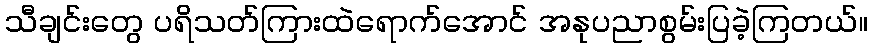
သီချင်းတွေ ပရိသတ်ကြားထဲရောက်အောင် အနုပညာစွမ်းပြခဲ့ကြတယ်။